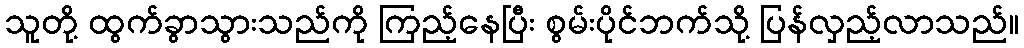
သူတို့ ထွက်ခွာသွားသည်ကို ကြည့်နေပြီး စွမ်းပိုင်ဘက်သို့ ပြန်လှည့်လာသည်။